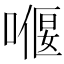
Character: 𠼸